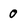
Character: 0